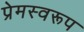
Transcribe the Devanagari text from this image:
प्रेमस्वरूप